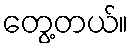
တွေ့တယ်။